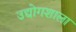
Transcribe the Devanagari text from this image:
उद्योगशाला